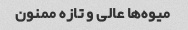
میوه‌ها عالی و تازه ممنون